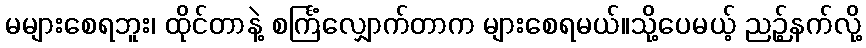
မများစေရဘူး၊ ထိုင်တာနဲ့ စင်္ကြံလျှောက်တာက များစေရမယ်။သို့ပေမယ့် ညဉ့်နက်လို့